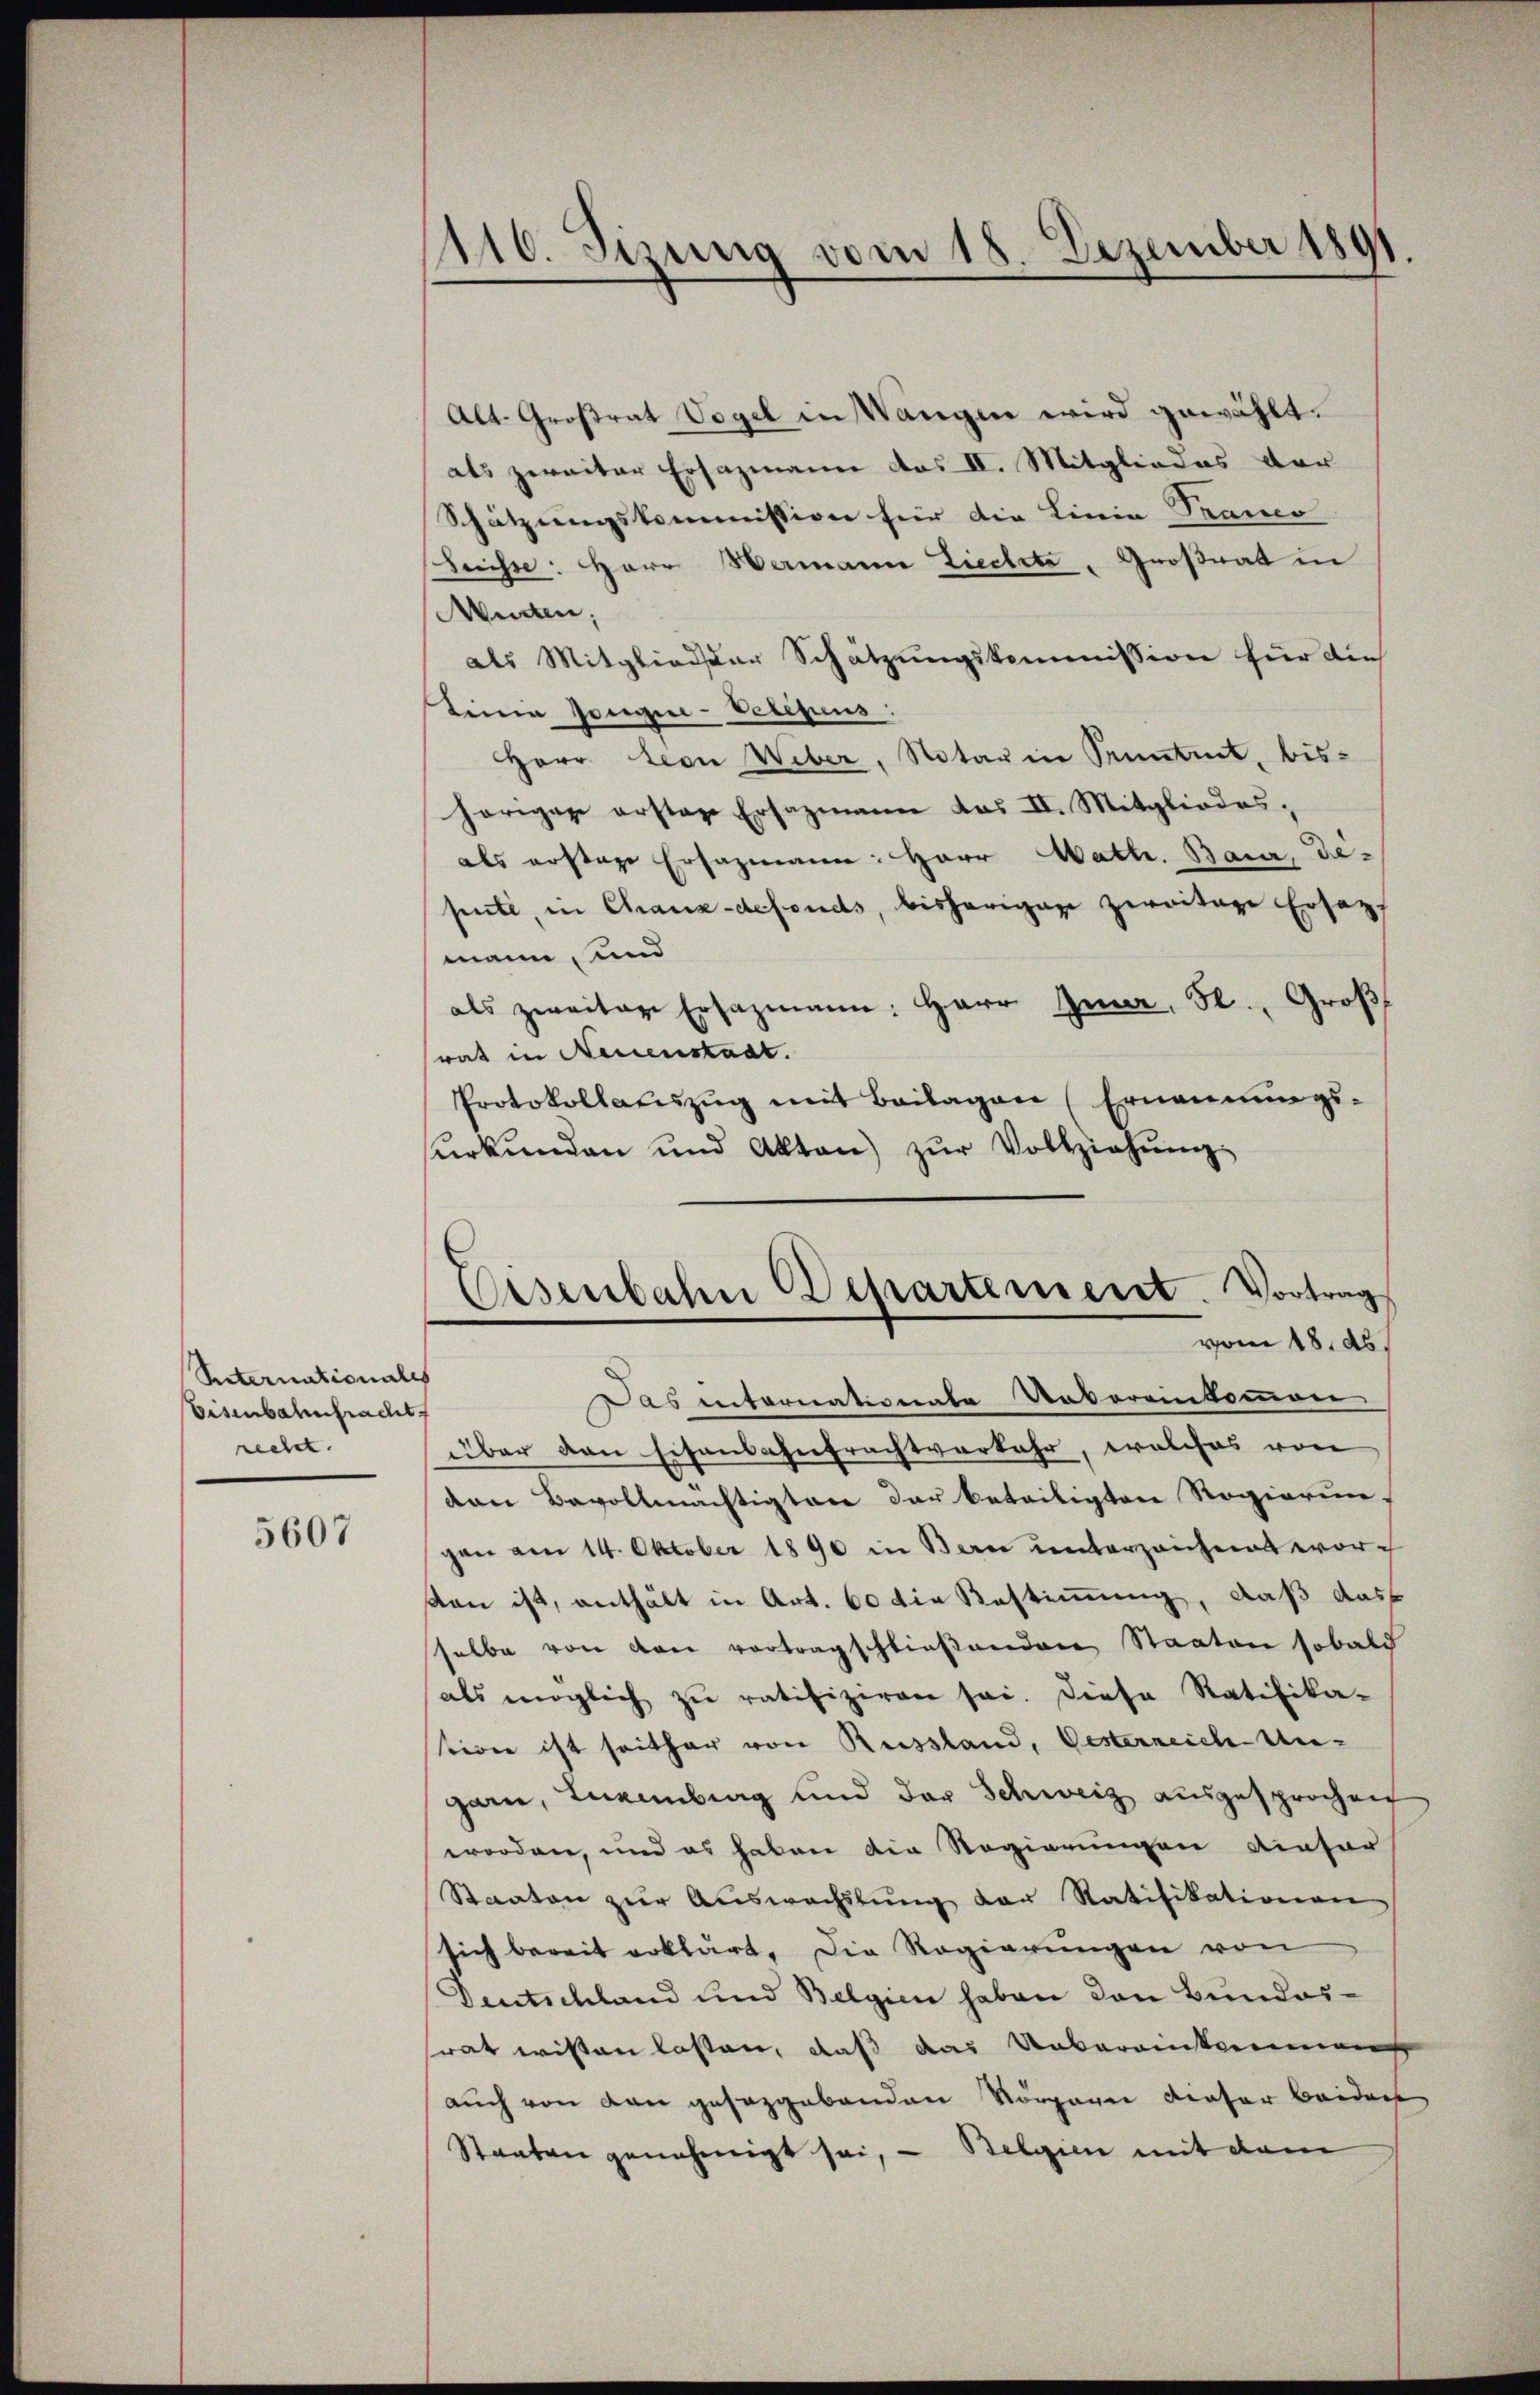
Suternationales
Eisenbahnbracht.
rechet. |

5607

1110. Sizung vom 18. Dezember 1891

Eisenbahn Departement. Vortrag
vom 18. ds.

Alt. Großrat Vogel in Wangen wird gewählt.
als zweiter Ersazmann das II. Mitgliedes vor
Schätzungskommission für die Linie Tranco
Suisse: Herr Wermann Liedlete, Großrat in
Murten;
als Mitglieder Schätzungskommission für die
Liina Poregie-Vetequus:
HHerr Leon Weber, Notar in Püntet, bishöriger erstage Ersazmann das II. Mitgliedes,
als erstage Ersazmann: Herr Math. Baur, depute, in Chaux-defonds, bisherigen zweitige Ersatz
mann, und
als zweiter Ersazmann: Herr Inner, St. Groß
rat in Neuenstadt.
Protokollauszug mit Beilagen (Ernennungs-
ŭrkŭnden und Akten) zŭr Vollziehŭng
Das internationale Uebereinkommen
über den Eisansahnfrachtverkehr, welches von
den Bevollmächtigten der beteiligten Regierun-
gon am 14. Oktober 1890 in Bern unterzeichnet workan ist, enthält in Art. 60 die Bestimmung, daß dass
selbe von den vortragschlieβenden Staaten sobald
als möglich zŭ ratifiziren sei. Diese Ratifika-
tione ist seither von Russland, besterreich-Ungarn, Invenberg und der Schweiz ausgesprochen
worden, und es haben die Regierungen dieser
Staaten zur Auswachslung der Ratifikationen
sich bereit erklärt. Die Regierungen von
Deutschland und Belgien haben den Bundes-
rat wissen lassen, daß das Unberamkommen
auch von den gesezgebenden Vorgare dieser beiders
Staaten genehmigt sei, - Belgien mit dem